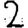
Digit: 2